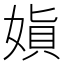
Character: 𫱇